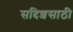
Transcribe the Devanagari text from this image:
सदिशसाठी